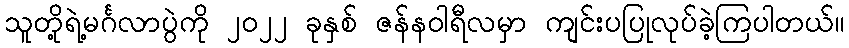
သူတို့ရဲ့မင်္ဂလာပွဲကို ၂၀၂၂ ခုနှစ် ဇန်နဝါရီလမှာ ကျင်းပပြုလုပ်ခဲ့ကြပါတယ်။